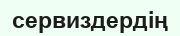
сервиздердің